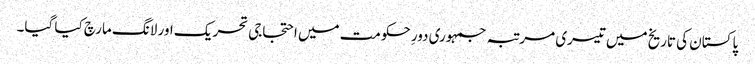
پاکستان کی تاریخ میں تیسری مرتبہ جمہوری دورِ حکومت میں احتجاجی تحریک اور لانگ مارچ کیا گیا۔